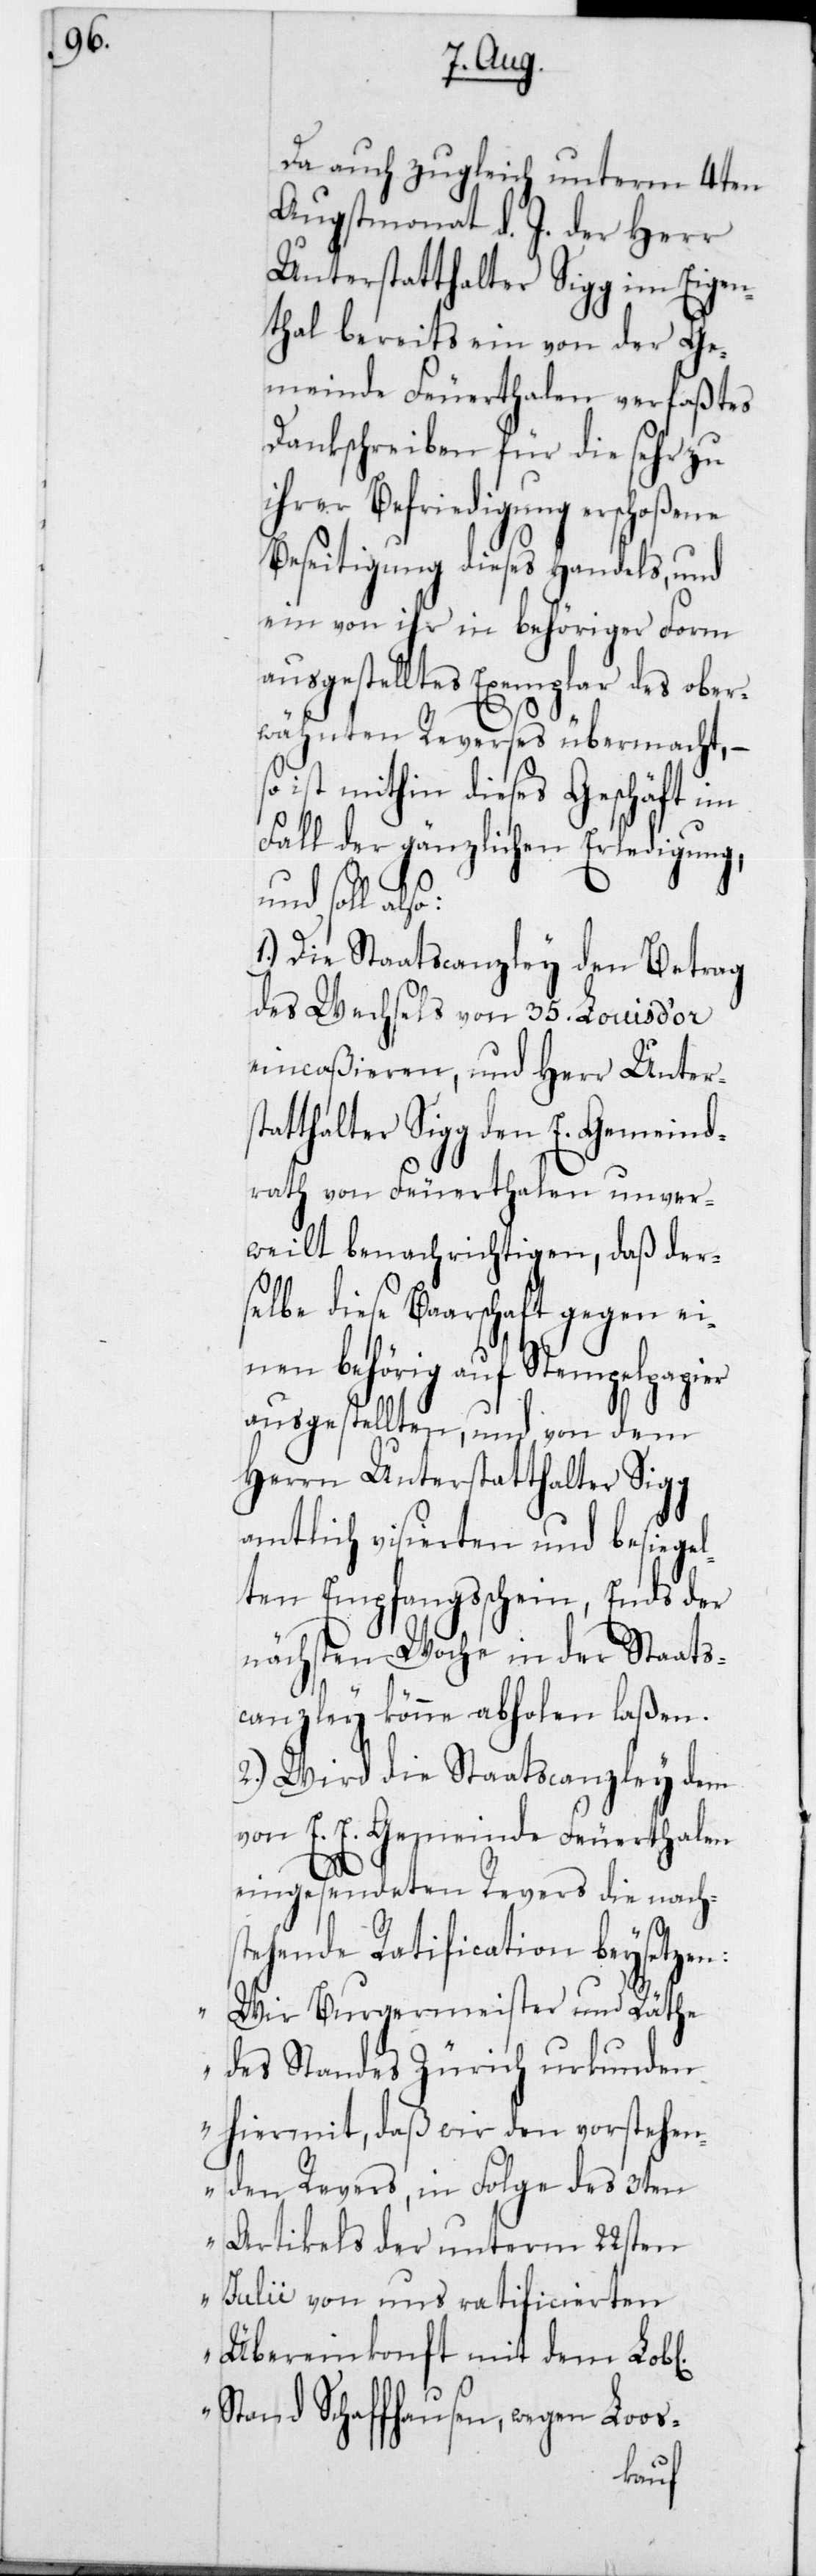
Da auch zugleich unterm 4ten
Augstmonat d. J. der Herr
Unterstatthalter Sigg im Eigen¬
thal bereits ein von der Ge¬
meinde Feuerthalen verfaßtes
Dankschreiben für die sehr zu
ihrer Befriedigung erschoßene
Beseitigung dieses Handels, und
ein von ihr in behöriger Form
ausgestelltes Exemplar des ober¬
wähnten Reverses übermacht, –
ist mithin dieses Geschäft im
Fall der gänzlichen Erledigung,
und soll
1.) Die Staatscanzley den Betrag
des Wechsels von 35 Louis d’or
eincaßieren, und Herr Unters¬
tatthalter Sigg den E. Gemeind¬
rath von Feuerthalen unver¬
weilt benachrichtigen, daß der¬
selbe diese Baarschaft gegen ei¬
behörigen auf Stempelpapier
ausgestellten, und von dem
Herrn Unterstatthalter Sigg
amtlich visierten und besiegel¬
ten Empfangsschein, Ends der
nächsten Woche in der Staats¬
canzley könne abholen laßen.
2.) Wird die Staatscanzley dem
von E. E. Gemeinde Feuerthalen
eingesendeten Revers die nachs¬
tehende Ratification beysetzen:
Wir Burgermeister und Räthe
desStandes Zürich urkunden
hiermit, daß wir den vorstehen¬
den Revers, in Folge des 3ten
Artikels der unterm 22sten
Julii von uns ratificierten
Übereinkonft mit dem L.
Stand Schaffhausen, wegen Loos-
nen